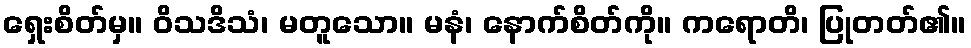
ရှေးစိတ်မှ။ ဝိသဒိသံ၊ မတူသော။ မနံ၊ နောက်စိတ်ကို။ ကရောတိ၊ ပြုတတ်၏။